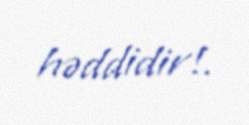
həddidir!.